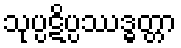
သုပ္ပဋိပ္ပဿဒ္ဓတ္တာ